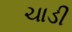
ચાડી